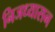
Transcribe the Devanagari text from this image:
निजध्यासन